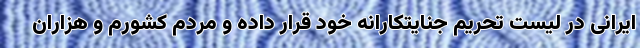
ایرانی در لیست تحریم جنایتکارانه خود قرار داده و مردم کشورم و هزاران